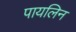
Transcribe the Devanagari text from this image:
पायलिन